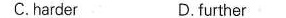
37.A sounds B.invitations